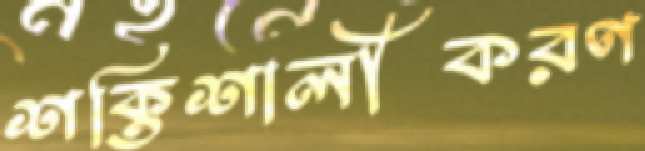
শক্তিশালীকরণ